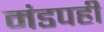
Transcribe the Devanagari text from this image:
मंडपही